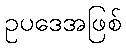
ဥပဒေအဖြစ်